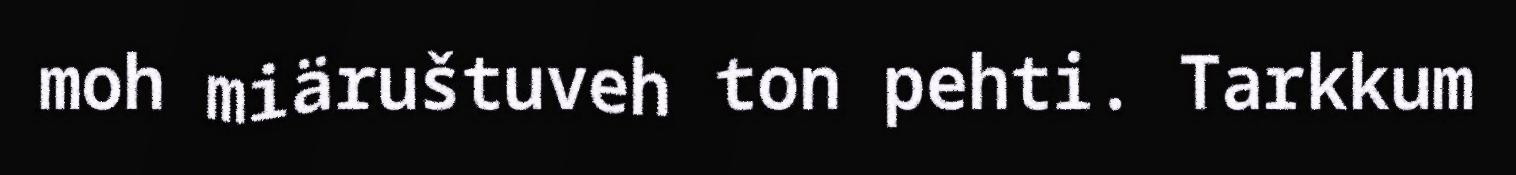
moh miäruštuveh ton pehti. Tarkkum